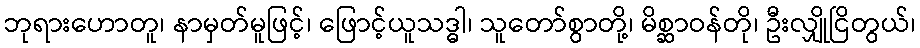
ဘုရားဟောတူ၊ နာမှတ်မူဖြင့်၊ ဖြောင့်ယူသဒ္ဓါ၊ သူတော်စွာတို့၊ မိစ္ဆာဝန်တို၊ ဦးလျှိုငြိတွယ်၊